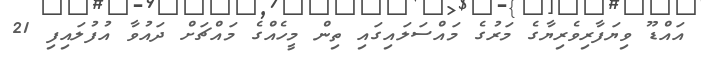
އައްޑޫ ވިޔަފާރިވެރިޔާގެ މަރުގެ މައްސަލައިގައި ތިން މީހެއްގެ މައްޗަށް ދައުވާ އުފުލައިފި 21